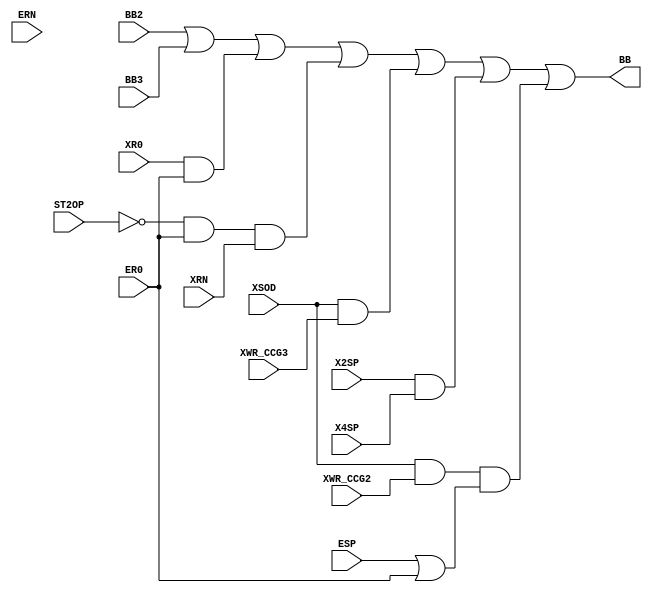
module Bubble(
    input       BB2,    // Branch Instruction Hold The Fetch Stage
    input       BB3,    // Conditional Branch being analysed Hold The Fetch Stage
    input       XR0,    // LR0 CCG4
    input       XRN,    // LRN CCG4
    input       ER0,    // ER0 CCG2
    input       ERN,    // ERN CCG2
    input       ESP,    // ESP CCG4
    input       X2SP,   // ISP|LSP From the 4th Stage
    input       X4SP,   // LSP 
    input       XSOD,   // Select OD CCG1
    input       XWR_CCG2,    // WR CCG2 
    input       XWR_CCG3,   // WR CCG3  
    input [2:0] ST2OP,  // Stage 2 Opcode       
    output      BB
    );
    assign BB = (BB2 || BB3 || (XR0 && ER0)||((ST2OP == 3'b000)&& ER0 && XRN) || (XSOD&&XWR_CCG3) || (X2SP&&X4SP) ||(XSOD&&XWR_CCG2&&(ESP||ER0)));
endmodule